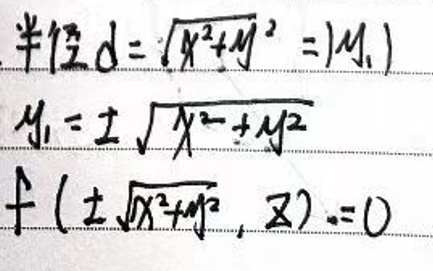
\begin{align*}
&\text{半径}d=\sqrt{x^{2}+y^{2}} = r\\
&y_{1}=\pm\sqrt{x^{2}+y^{2}}\\
&f(\pm\sqrt{x^{2}+y^{2}},x)=0
\end{align*}